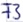
Text: F3